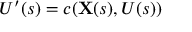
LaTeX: U ^ { \prime } ( s ) = c ( \mathbf { X } ( s ) , U ( s ) )